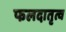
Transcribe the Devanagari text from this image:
फलदातृत्व